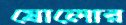
ষোলোর